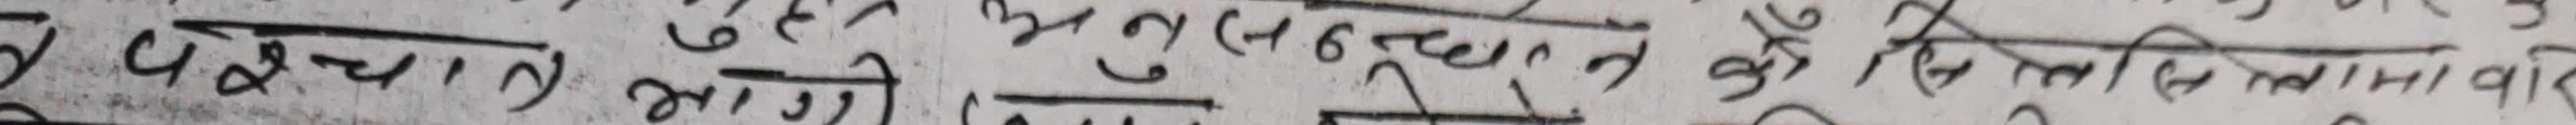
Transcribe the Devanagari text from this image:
परिक्षाले भागि ६३९ र लेवाको नीलो मावादि